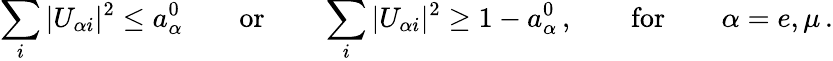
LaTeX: \sum_{i}|U_{{\alpha}i}|^{2}\leq a_{\alpha}^{0}\qquad\mathrm{or}\qquad\sum_{i}|U_{{\alpha}i}|^{2}\geq 1-a_{\alpha}^{0}\, ,\qquad\mathrm{for}\qquad\alpha=e,\mu\, .